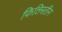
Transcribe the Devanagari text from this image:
फिलिस्‍तीन